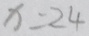
x = 2 4